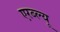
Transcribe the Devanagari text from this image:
एरब्ल्यू